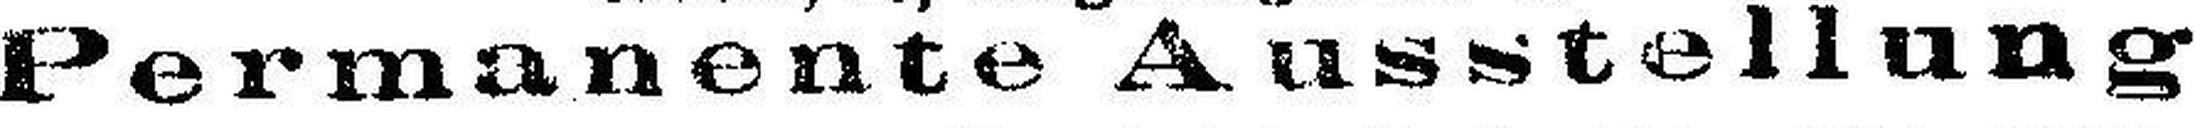
Permanente Ausstellung